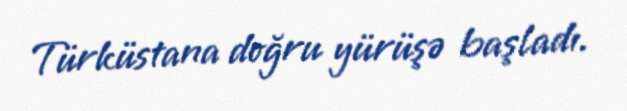
Türküstana doğru yürüşə başladı.